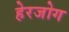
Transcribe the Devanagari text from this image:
हेरजोग